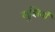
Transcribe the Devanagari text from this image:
गुझियाँ